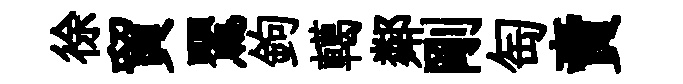
徐貿鸎鉤轕鄰剛匋賣